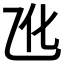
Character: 𪜐